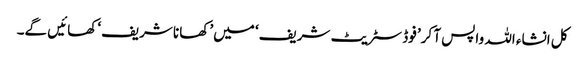
کل انشاء اللہ واپس آ کر’ فوڈ سٹریٹ شریف‘ میں’ کھانا شریف‘ کھائیں گے۔